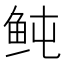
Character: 鲀